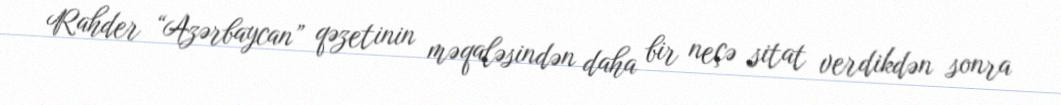
Rahder “Azərbaycan” qəzetinin məqaləsindən daha bir neçə sitat verdikdən sonra